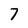
Character: 7